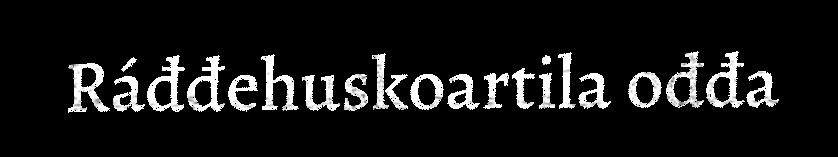
Ráđđehuskoartila ođđa